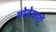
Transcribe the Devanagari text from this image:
वोडेयारों